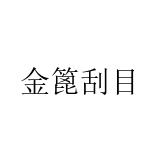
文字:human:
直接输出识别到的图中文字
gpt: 金篦刮目